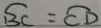
\widehat { B C } = \widehat { C D }